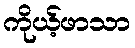
ကိုယ့်ဖာသာ